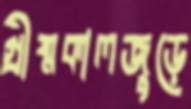
গ্রীষ্মকালজুড়ে